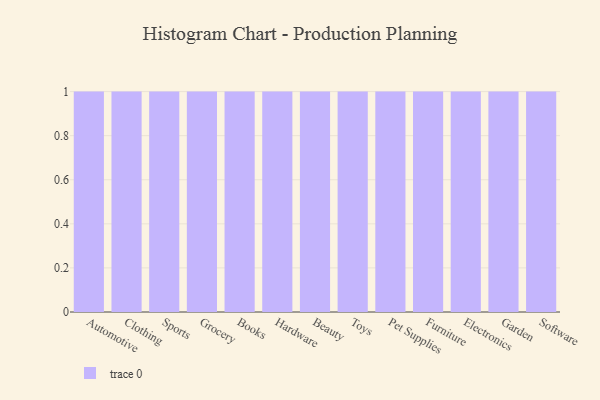
{"axis": {"x": "Category", "y": "Customer Acquisition Cost (USD)"}, "legend": [""], "data": [{"x": "Automotive", "y": 4, "type": ""}, {"x": "Clothing", "y": 48, "type": ""}, {"x": "Sports", "y": 31, "type": ""}, {"x": "Grocery", "y": 88, "type": ""}, {"x": "Books", "y": 64, "type": ""}, {"x": "Hardware", "y": 43, "type": ""}, {"x": "Beauty", "y": 33, "type": ""}, {"x": "Toys", "y": 35, "type": ""}, {"x": "Pet Supplies", "y": 30, "type": ""}, {"x": "Furniture", "y": 70, "type": ""}, {"x": "Electronics", "y": 97, "type": ""}, {"x": "Garden", "y": 78, "type": ""}, {"x": "Software", "y": 59, "type": ""}]}